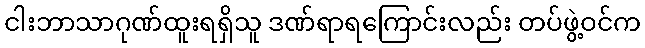
ငါးဘာသာဂုဏ်ထူးရရှိသူ ဒဏ်ရာရကြောင်းလည်း တပ်ဖွဲ့ဝင်က